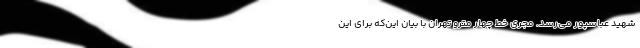
شهید عباسپور می‌رسد. مجری خط چهار مترو تهران با بیان این‌که برای این